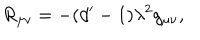
R _ { \mu \nu } = - ( d ^ { \prime } - 1 ) \lambda ^ { 2 } g _ { \mu \nu } ,